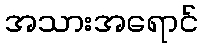
အသားအရောင်